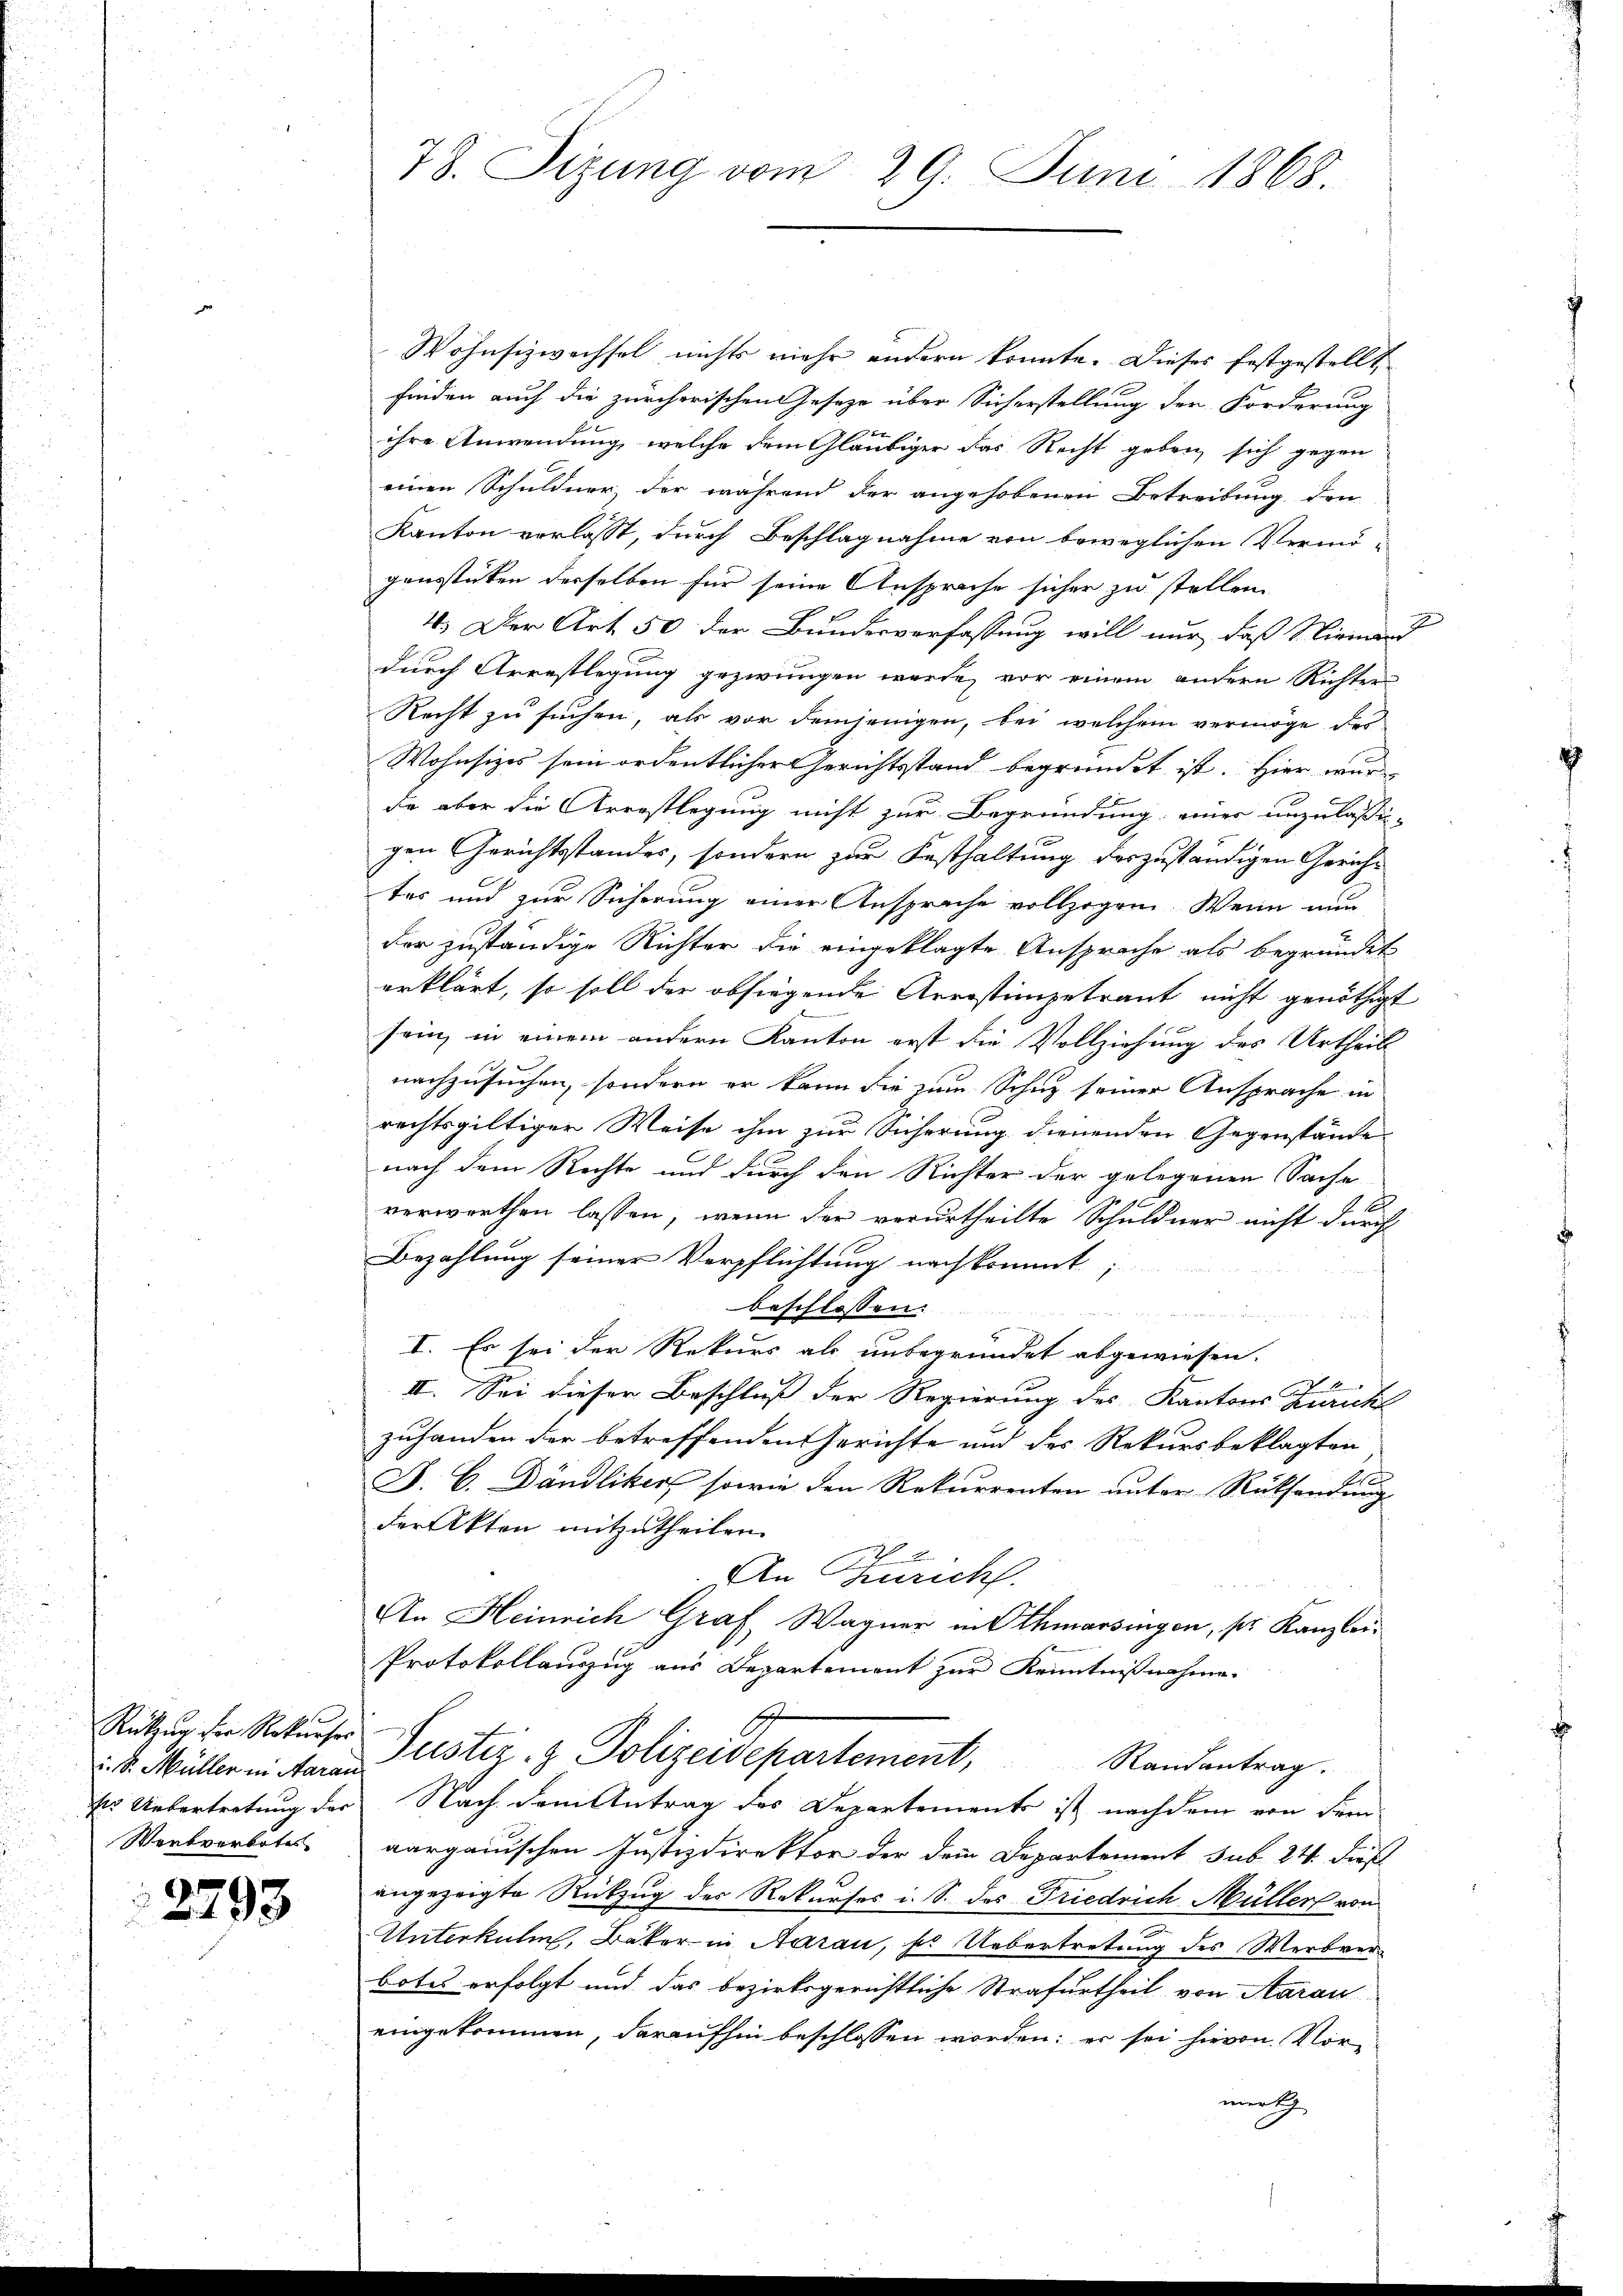
Rükzug der Rekurses
i. R. Müller in Aarau
Es Uebertretung der
Werbverbotes

2793

78. Sizung vom 29. Juni 1868.

Wohnsizwachsel nichts mehr andern konnte. Dieses festgestellt,
finden auch die zürcherischen Gesetze über Sicherstellung der Forderung
x
ihre Anwendung, welche dem Gläubiger das Recht geben, sich gegen
einen Schuldner, der während der angehobenen Betreibung den
Kanton verlasst, durch Beschlagnahme von beweglichen Vermö-
gensstücken derselben für seine Ansprache sicher zu stellen.
4. Der Art. 50 der Bundesverfassung will nur, daß Niemand
durch Arrestlegung gezwungen werde, vor einem andern Richter
Recht zu suchen, als vor demjenigen, bei welchem vermöge des
Wohnsizes sein ordentlicher Gerichtsstand begründet ist. Hier wur
de aber die Arrestlegung nicht zur Begründung einer unzulassig-
gen Gerichtsstandes, sondern zur Festhaltung deszuständigen Gerichtes und zur Sicherung einer Ansprache vollzogen. Wenn nun
der zuständige Richter die eingeklagte Ansprache als begründet
erklärt, so soll der obsiegende Arrestimgetrant nicht genöthigt
x
sein, in einem andern Kanton erst die Vollziehung des Urtheil
nachzusuchen, sondern er kann die zum Schuz seiner Ansprache in
rechtsgültiger Weise ihm zur Sicherung dienenden Gegenstände
nach dem Rechte und durch den Richter der gelegenen Sache
verwerthen lassen, wenn der verurtheilte Schuldner nicht durch
Bezahlung seiner Verpflichtung nachkommt;
beschlossen:
w
I. Es sei der Rekurs als unbegründet abgewiesen.

II. Sei dieser Beschluß der Regierung des Kantons Zuricht
zuhanden der betreffenden Gerichte und des Rekursbeklagten
F. C. Dändliker sowie den Rekurrenten unter Rücksendung
der Akten mitzutheilen.
An Zürich.
An Heinrich Graf Wagner in Chmarsingen, ser Kanzlei¬
Protokollanzug aus Departement zur Kenntnißnahme.
Puster & Polizeidepartement, Randantrag.
Nach dem Antrag des Departements ist nachdem von dem
aargauischen Justizdirektor der dem Departement sub 24. dieß
angezeigte Rückzug des Rekurses i. S. des Friedrich Müller von
Unterkuli, Bäker in Aarau, ser Uebertretung des Werkverbotes erfolgt und das bezirksgerichtliche Strafurtheil von Aarau
eingekommen, daraufhin beschlossen worden; er sei hievon Vormerkg